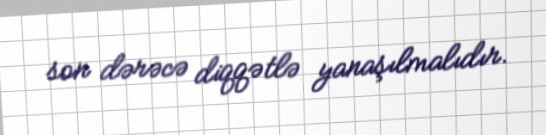
son dərəcə diqqətlə yanaşılmalıdır.